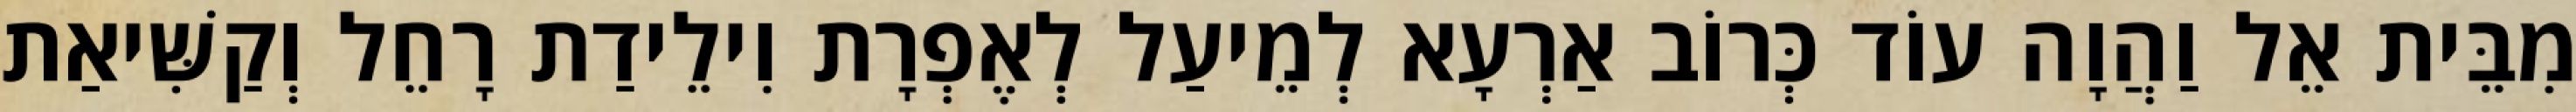
מִבֵּית אֵל וַהֲוָה עוֹד כְּרוֹב אַרְעָא לְמֵיעַל לְאֶפְרָת וִילֵידַת רָחֵל וְקַשִּׁיאַת